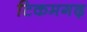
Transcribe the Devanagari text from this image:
टिकमगढ़